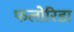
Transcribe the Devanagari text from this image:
फलोरिडा